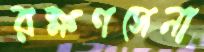
রক্ষণসেনা